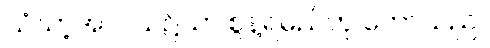
သံဃာ့အလယ်၌သာ စွန့်ရမည်ဟု ဟောသည်။